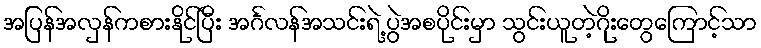
အပြန်အလှန်ကစားနိုင်ပြီး အင်္ဂလန်အသင်းရဲ့ ပွဲအစပိုင်းမှာ သွင်းယူတဲ့ဂိုးတွေကြောင့်သာ